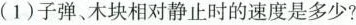
(1)子弹、木块相对静止时的速度是多少?